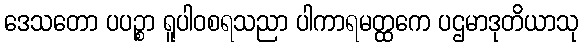
ဒေသတော ပပဉ္စာ ရူပါဝစရသညာ ပါကာရမတ္ထကေ ပဌမာဒုတိယာသု